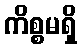
ကိစ္စမရှိ